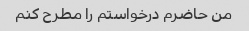
من حاضرم درخواستم را مطرح کنم